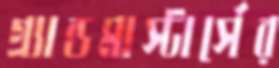
গ্র্যান্ডমাস্টার্সের